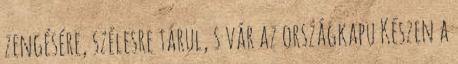
zengésére, szélesre tárul, s vár az országkapu Készen a